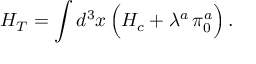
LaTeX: H _ { T } = \int d ^ { 3 } x \, \Bigl ( { \cal H } _ { c } + \lambda ^ { a } \, \pi _ { 0 } ^ { a } \Bigr ) \, .